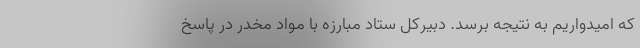
که امیدواریم به نتیجه برسد. دبیرکل ستاد مبارزه با مواد مخدر در پاسخ